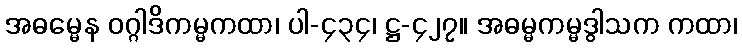
အဓမ္မေန ဝဂ္ဂါဒိကမ္မကထာ၊ ပါ-၄၃၄၊ ဋ္ဌ-၄၂၇။ အဓမ္မကမ္မဒွါသက ကထာ၊